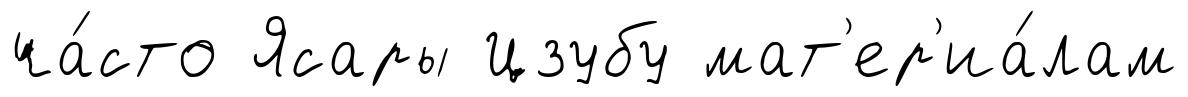
ча́сто Ясары Цзубу мат'ер'иа́лам